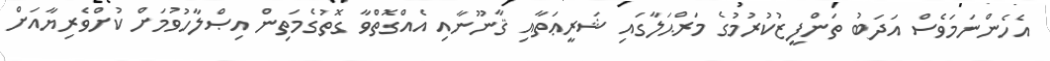
އެހެންނަމަވެސް އަދަބު ތަންފީޒުކުރުމުގެ މަރްޙަލާގައި ޝަރީޢަތާއި ޤާނޫނާއި އެއްގޮތްވާ ގޮތުގެމަތިން އިޞްލާހުވުމަށް ކުށްވެރިޔާއަށް